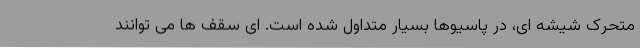
متحرک شیشه ای، در پاسیوها بسیار متداول شده است. ای سقف ها می توانند